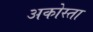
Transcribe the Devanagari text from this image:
अकोस्ता